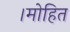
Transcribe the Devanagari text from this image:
।मोहित